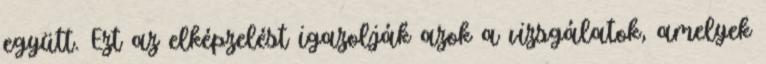
együtt. Ezt az elképzelést igazolják azok a vizsgálatok, amelyek